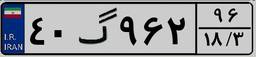
۶۳گ۵۷۳۴۱